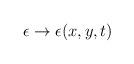
LaTeX: \begin{align*}\epsilon \to \epsilon(x,y,t)\end{align*}